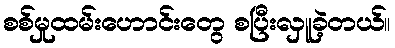
စစ်မှုထမ်းဟောင်းတွေ စပြီးလှူခဲ့တယ်။